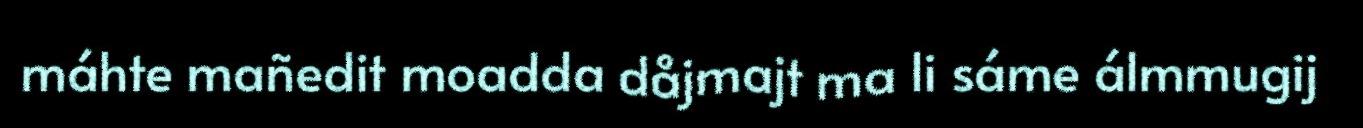
máhte mañedit moadda dåjmajt ma li sáme álmmugij